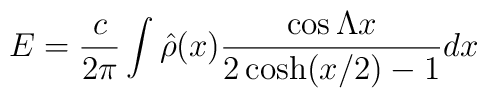
E={c\over 2\pi} \int \hat{\rho}(x){\cos\Lambda x\over 2\cosh(x/2)-1}dx